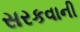
સરકવાની